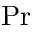
\mathrm { P r }